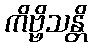
ကိဗ္ဗိသန္တိ